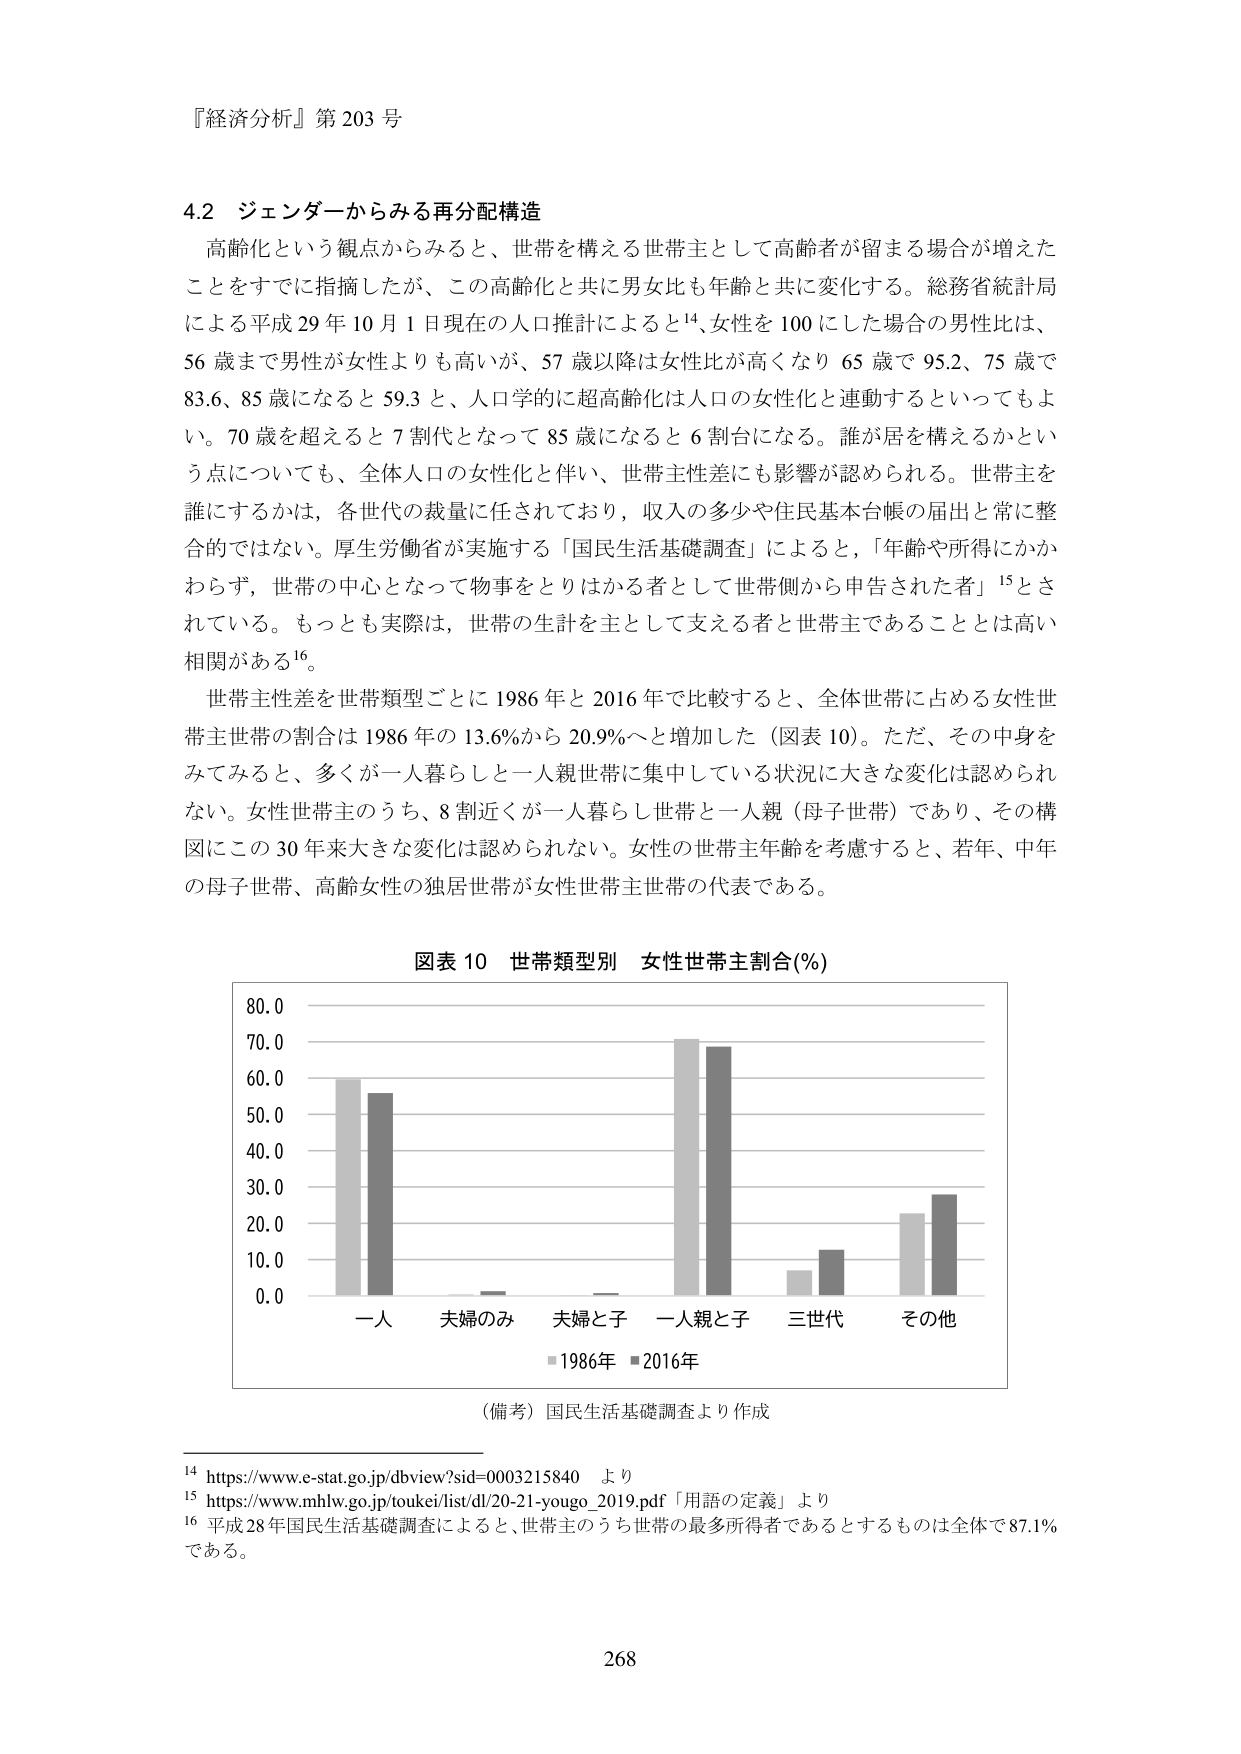
『経済分析』第203号

4.2 ジェンダーからみる再分配構造

高齢化という観点からみると、世帯を構える世帯主として高齢者が留まる場合が増えたことをすでに指摘したが、この高齢化と共に男女比も年齢と共に変化する。総務省統計局による平成29年10月1日現在の人口推計によると¹⁴、女性を100にした場合の男性比は、56歳まで男性が女性よりも高いが、57歳以降は女性比が高くなり65歳で95.2、75歳で83.6、85歳になると59.3と、人口学的に超高齢化は人口の女性化と連動するといってもよい。70歳を超えると7割代となって85歳になると6割台になる。誰が居を構えるかという点についても、全体人口の女性化と伴い、世帯主性差にも影響が認められる。世帯主を誰にするかは、各世代の裁量に任されており、収入の多少や住民基本台帳の届出と常に整合的ではない。厚生労働省が実施する「国民生活基礎調査」によると、「年齢や所得にかかわらず、世帯の中心となって物事をとりはかる者として世帯側から申告された者」¹⁵とされている。もっとも実際は、世帯の生計を主として支える者と世帯主であることは高い相関がある¹⁶。

世帯主性差を世帯類型ごとに1986年と2016年で比較すると、全体世帯に占める女性世帯主世帯の割合は1986年の13.6%から20.9%へと増加した（図表10）。ただ、その中身をみてみると、多くが一人暮らしと一人親世帯に集中している状況に大きな変化は認められない。女性世帯主のうち、8割近くが一人暮らし世帯と一人親（母子世帯）であり、その構図にこの30年来大きな変化は認められない。女性の世帯主年齢を考慮すると、若年、中年の母子世帯、高齢女性の独居世帯が女性世帯主世帯の代表である。

図表10 世帯類型別 女性世帯主割合(%)

80.0
70.0
60.0
50.0
40.0
30.0
20.0
10.0
0.0

一人 夫婦のみ 夫婦と子 一人親と子 三世代 その他

■1986年 ■2016年

（備考）国民生活基礎調査より作成

¹⁴ https://www.e-stat.go.jp/dbview?sid=0003215840 より
¹⁵ https://www.mhlw.go.jp/toukei/list/dl/20-21-yougo_2019.pdf「用語の定義」より
¹⁶ 平成28年国民生活基礎調査によると、世帯主のうち世帯の最多所得者であるとするものは全体で87.1%である。

268